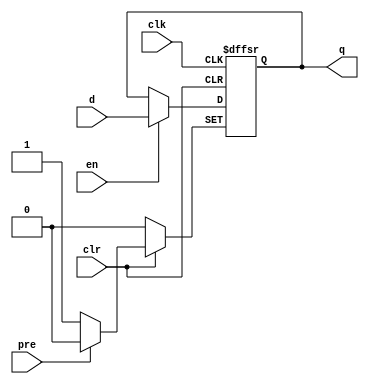
module my_dffsre_nnn (
    input d,
    clk,
    pre,
    clr,
    en,
    output reg q
);
  initial q <= 1'b0;
  always @(negedge clk or negedge pre or negedge clr)
    if (!pre) q <= 1'b1;
    else if (!clr) q <= 1'b0;
    else if (en) q <= d;
endmodule